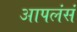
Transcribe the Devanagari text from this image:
आपलंसं